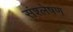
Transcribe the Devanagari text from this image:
संश्‍लेषण